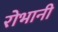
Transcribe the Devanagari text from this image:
रोभानी